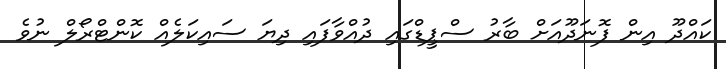
ކައްދޫ އިން ފޮނަދޫއަށް ބާރު ސްޕީޑްގައި ދުއްވާފައި ދިޔަ ސައިކަލެއް ކޮންޓްރޯލް ނުވެ